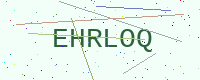
Text: EHRLOQ